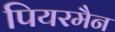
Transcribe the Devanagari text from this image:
पियरमैन